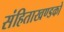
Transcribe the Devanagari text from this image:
संहिताखण्डको